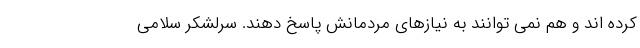
کرده اند و هم نمی توانند به نیازهای مردمانش پاسخ دهند. سرلشکر سلامی